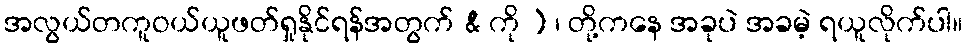
အလွယ်တကူဝယ်ယူဖတ်ရှုနိုင်ရန်အတွက် & ကို ) ၊ တို့ကနေ အခုပဲ အခမဲ့ ရယူလိုက်ပါ။